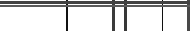
١٠٣